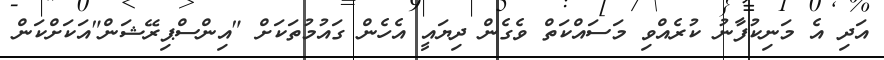
އަދި އެ މަނިކުފާނު ކުރެއްވި މަސައްކަތް ވެގެން ދިޔައީ އެހެން ގައުމުތަކަށް "އިންސްޕިރޭޝަން"އަކަށްކަން